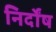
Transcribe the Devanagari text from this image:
निर्दोंष